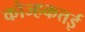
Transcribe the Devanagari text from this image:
कोज्हकत्तई